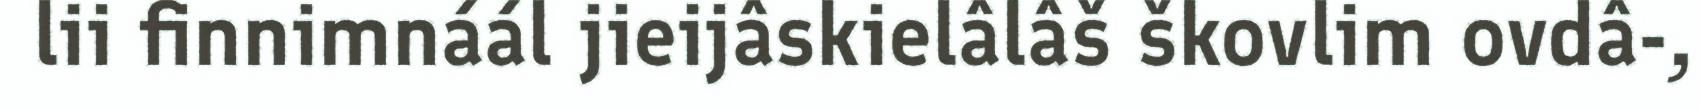
lii finnimnáál jieijâskielâlâš škovlim ovdâ-,